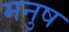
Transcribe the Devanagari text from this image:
मनुष